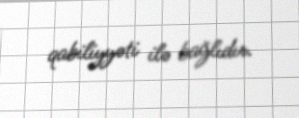
qabiliyyəti ilə bağlıdır.